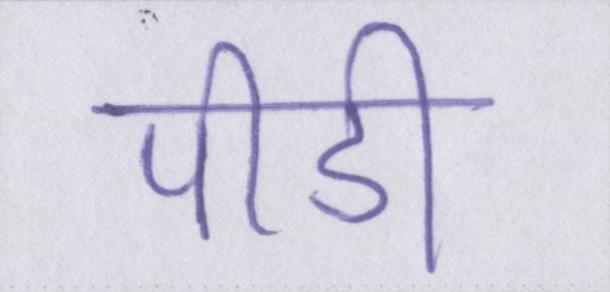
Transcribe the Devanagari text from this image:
पीडी